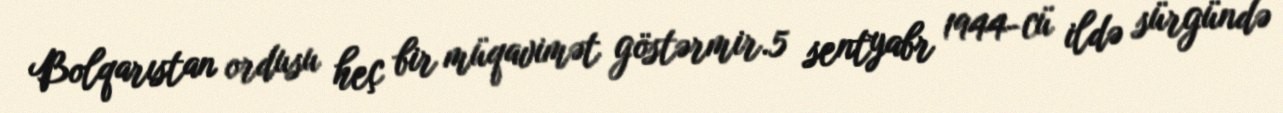
Bolqarıstan ordusu heç bir müqavimət göstərmir.5 sentyabr 1944-cü ildə sürgündə